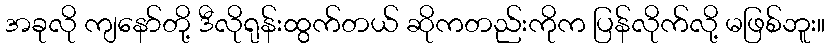
အခုလို ကျနော်တို့ ဒီလိုရုန်းထွက်တယ် ဆိုကတည်းကိုက ပြန်လိုက်လို့ မဖြစ်ဘူး။